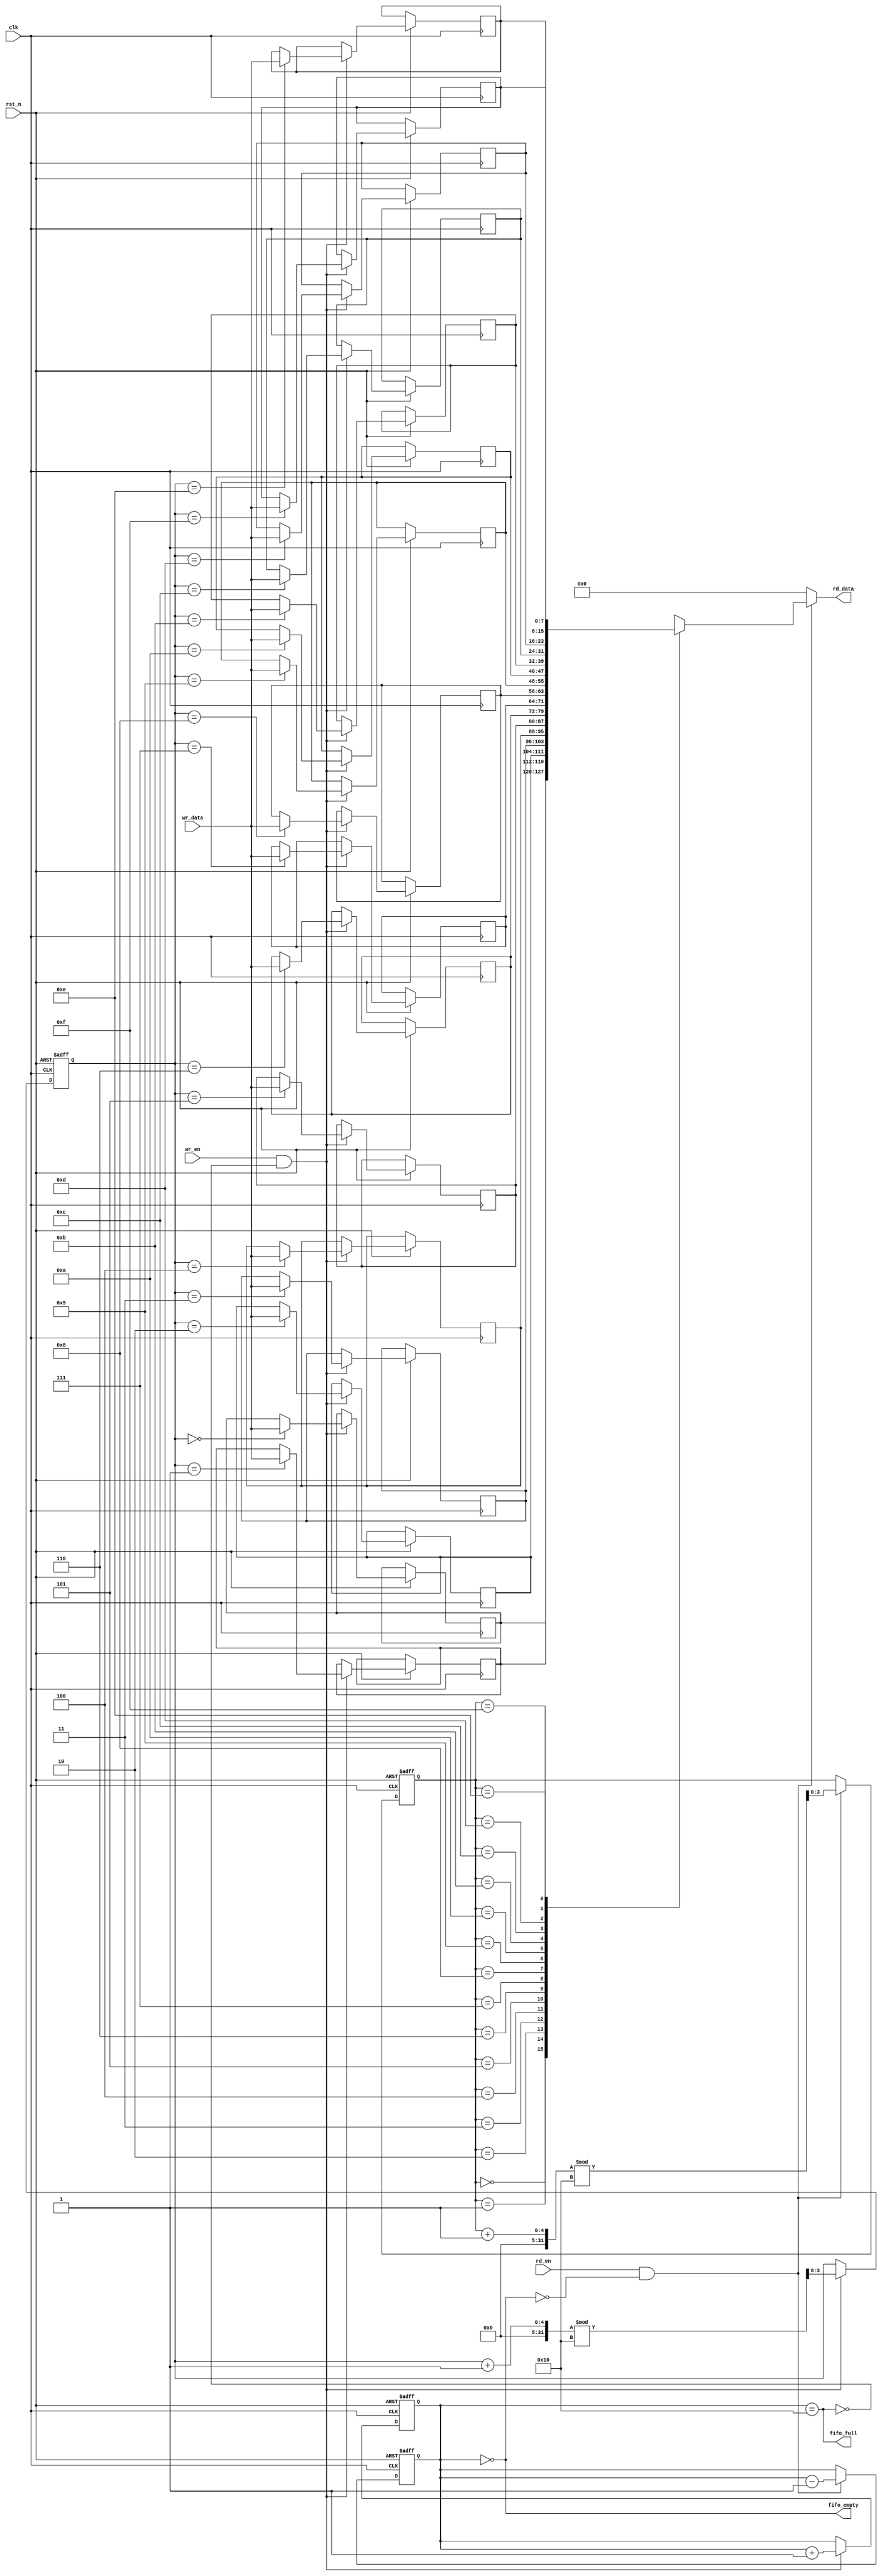
module multiport_fifo #(
    parameter DATA_WIDTH = 8,  // Configurable data width
    parameter FIFO_DEPTH = 16   // Configurable FIFO depth
)(
    input wire clk,                     // Clock signal
    input wire rst_n,                   // Asynchronous reset (active low)
    
    // Write port
    input wire [DATA_WIDTH-1:0] wr_data, // Data to write
    input wire wr_en,                   // Write enable
    output wire fifo_full,              // FIFO full flag

    // Read port
    output wire [DATA_WIDTH-1:0] rd_data, // Data to read
    input wire rd_en,                   // Read enable
    output wire fifo_empty              // FIFO empty flag
);

    // Internal signals
    reg [DATA_WIDTH-1:0] fifo_mem [0:FIFO_DEPTH-1]; // FIFO storage array
    reg [clog2(FIFO_DEPTH)-1:0] wr_ptr;             // Write pointer
    reg [clog2(FIFO_DEPTH)-1:0] rd_ptr;             // Read pointer
    reg [clog2(FIFO_DEPTH):0] count;                 // Number of items in FIFO

    // Full and empty flags
    assign fifo_full = (count == FIFO_DEPTH);
    assign fifo_empty = (count == 0);
    assign rd_data = (rd_en && !fifo_empty) ? fifo_mem[rd_ptr] : {DATA_WIDTH{1'b0}};

    // Write operation
    always @(posedge clk or negedge rst_n) begin
        if (!rst_n) begin
            wr_ptr <= 0;
            count <= 0;
        end else if (wr_en && !fifo_full) begin
            fifo_mem[wr_ptr] <= wr_data;
            wr_ptr <= (wr_ptr + 1) % FIFO_DEPTH;
            count <= count + 1;
        end
    end

    // Read operation
    always @(posedge clk or negedge rst_n) begin
        if (!rst_n) begin
            rd_ptr <= 0;
            count <= 0;
        end else if (rd_en && !fifo_empty) begin
            rd_ptr <= (rd_ptr + 1) % FIFO_DEPTH;
            count <= count - 1;
        end
    end

    // Function to calculate log base 2
    function integer clog2(input integer value);
        begin
            value = value - 1;
            for (clog2 = 0; value > 0; clog2 = clog2 + 1)
                value = value >> 1;
        end
    endfunction

endmodule